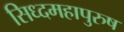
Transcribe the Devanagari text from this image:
सिध्दमहापुरुष